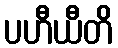
ပဟီယီတိ